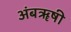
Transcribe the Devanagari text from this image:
अंबॠषी